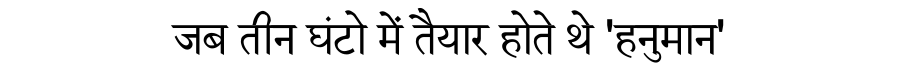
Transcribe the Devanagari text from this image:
जब तीन घंटो में तैयार होते थे 'हनुमान'